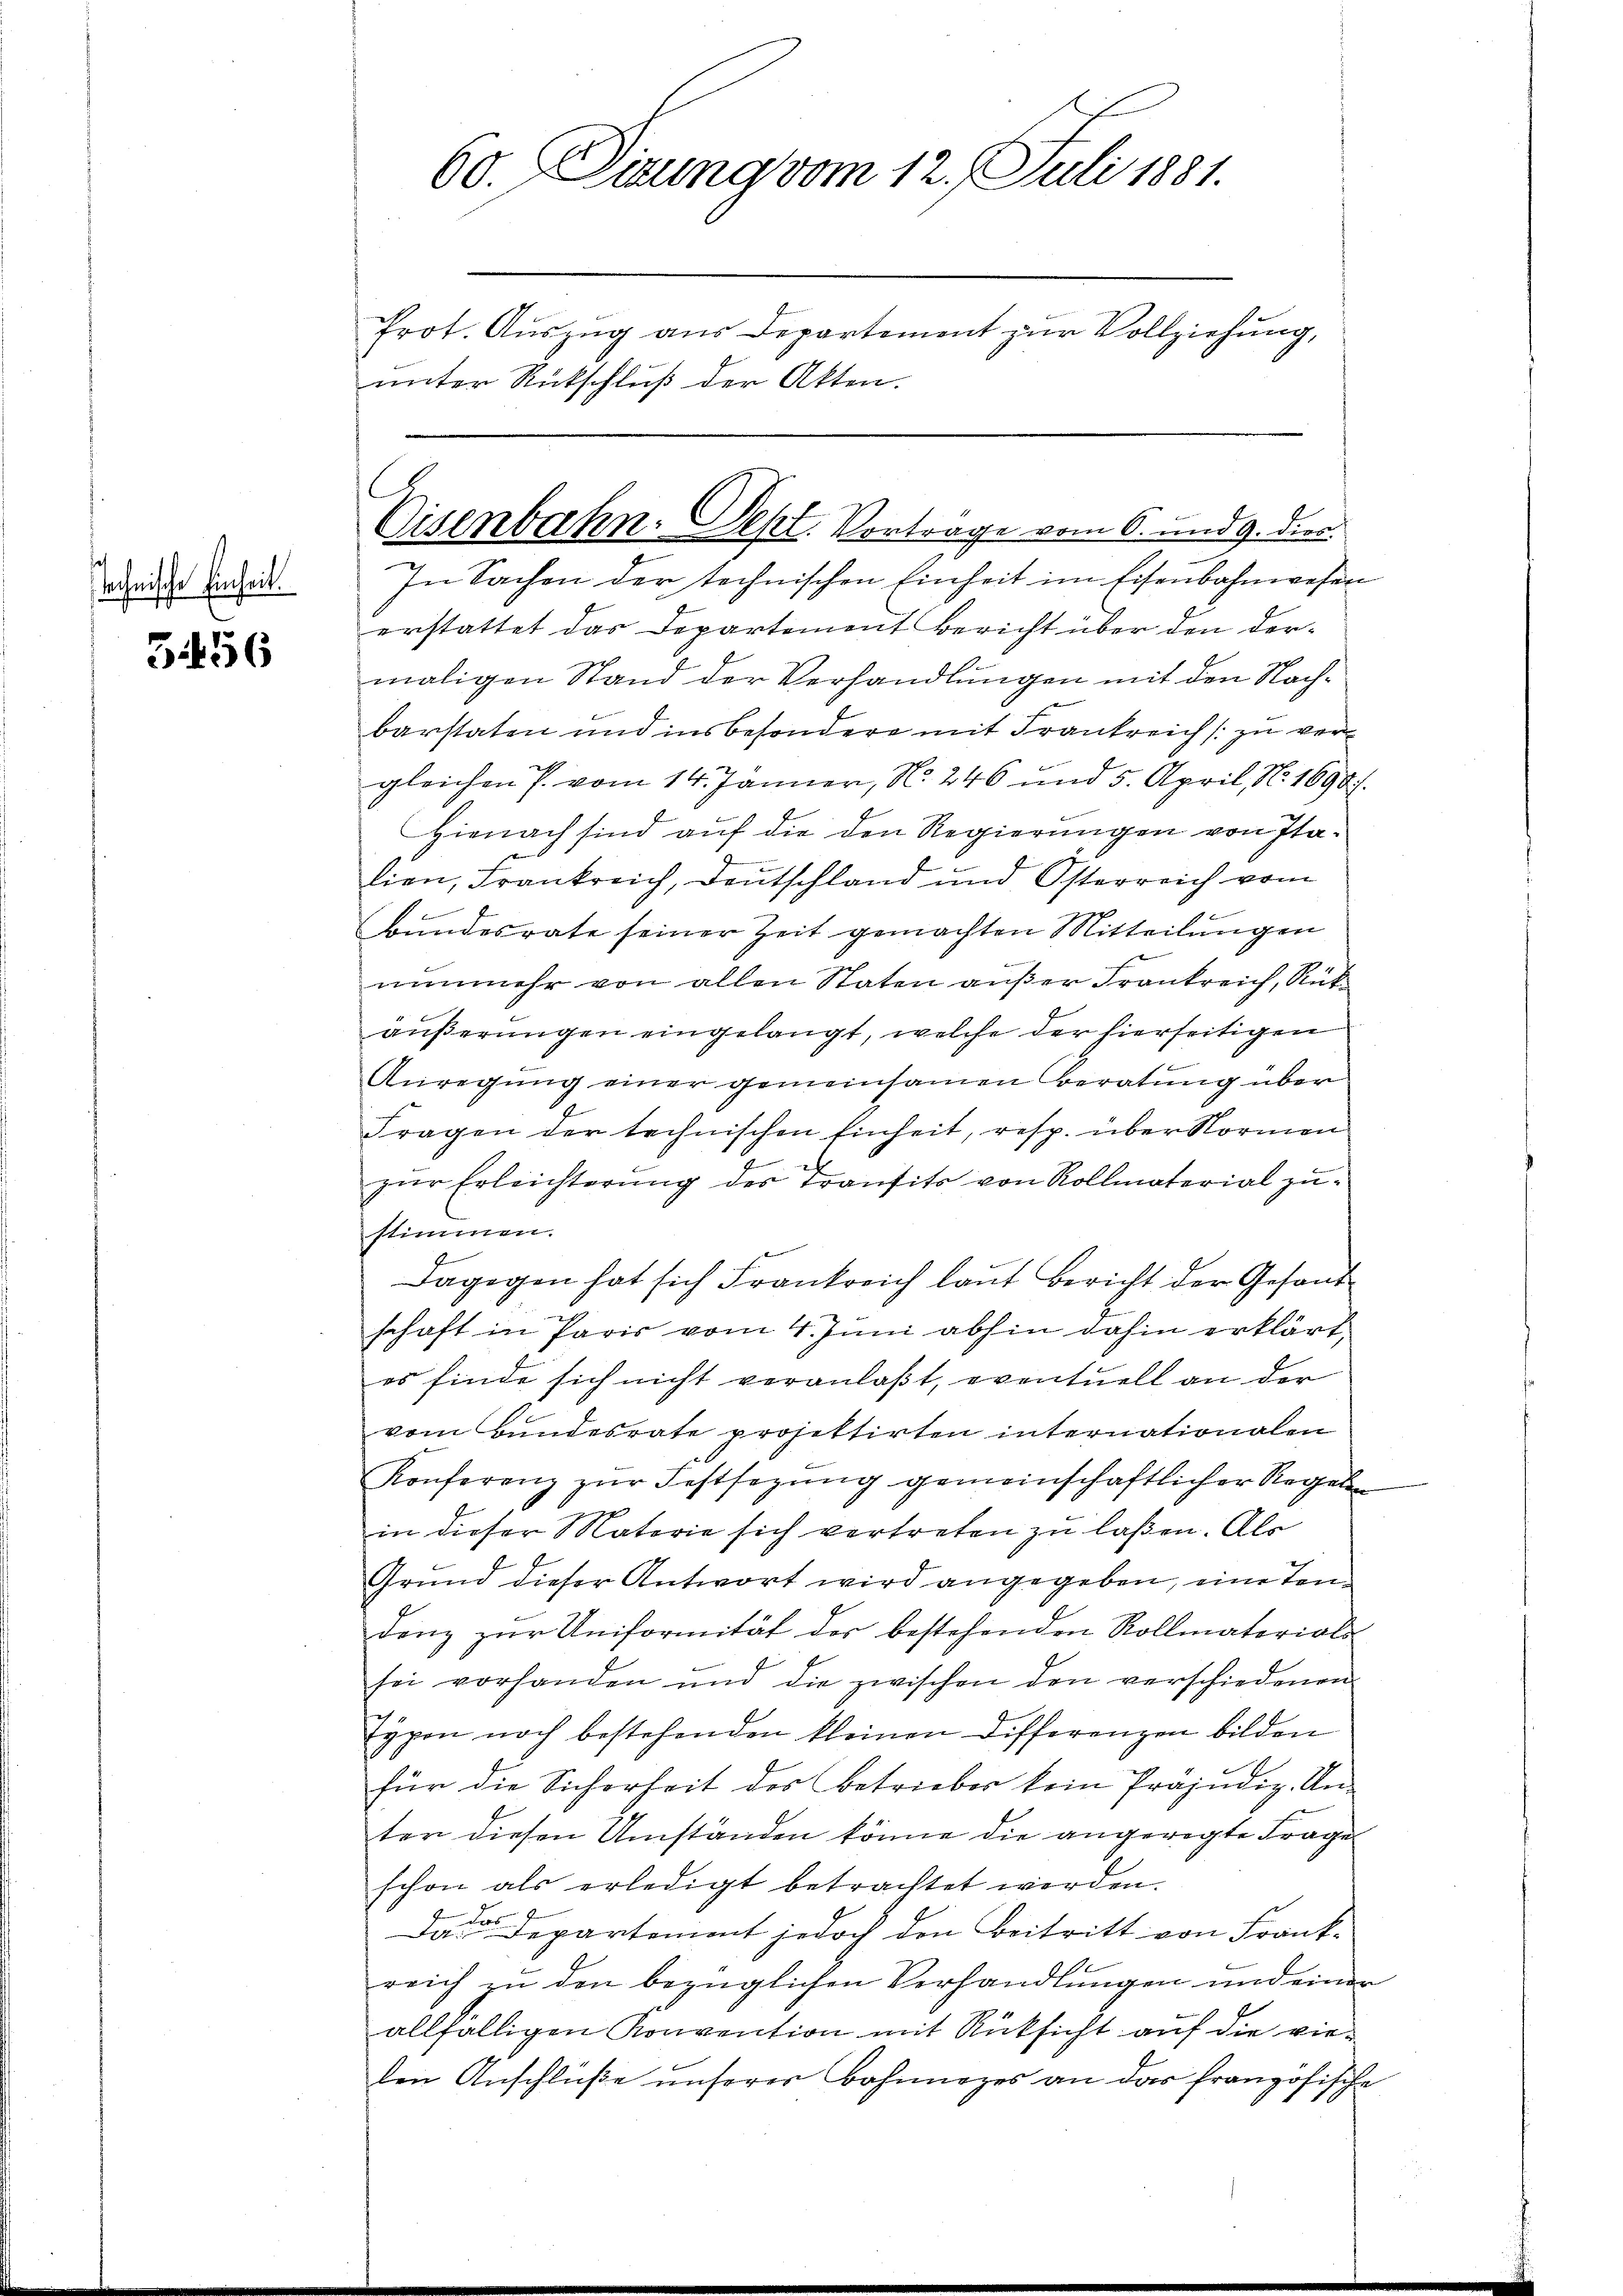
stechnische Einheit.

5456

60. Sitzung vom 12. Juli 1881.
Prot. Auszug aus Departement zur Vollziehung,
unter Rückschluß der Akten.

In Sachen der technischen Einheit im Eisenbahnwesen
erstattet das Departement Bericht über den dermaligen Stand der Verhandlungen mit den Nachbarstaten und insbesondere mit Frankreich zu vergleichen P. vom 14. Jänner, N. 246 und 5. April, N. 1690.
Hienach sind auf die den Regierungen von Italien, Frankreich, Deutschland und Österreich vom
Bundesrate seiner Zeit gemachten Mitteilungen
nunmehr von allen Staten außer Frankreich, Rükäußerungen eingelangt, welche der hierseitigen
Anregung einer gemeinsamen Beratung über
Fragen der technischen Einheit, resp. über Normen
zŭr Erleichterŭng des Transits von Rollmaterial zu-
stimmen.
Dagegen hat sich Frankreich laut Bericht der Gesandschaft in Paris vom 4. Juni abhin dahin erklärt,
es finde sich nicht veranlaßt, eventuell an der
vom Bundesrate projektirten internationalen
Konferenz zur Festsezung gemeinschaftlicher Regeln
in dieser Materie sich vertreten zu laßen. Als
Grund dieser Antwort wird angegeben, eine Tandenz zur Uniformität der bestehenden Rollmaterials
sei vorhanden und die zwischen den verschiedenen
typon noch bestehenden kleinen Differenzen bilden
für die Sicherheit des Betriebes kein Präjudiz. An-
ter diesen Umständen könne die angeregte Frage
schon als erledigt betrachtet werden.
.
Das Departement jedoch den Beitritt von Frank-
e
reich zu den bezüglichen Verhandlungen und einer
allfälligen Konvention mit Rücksicht auf die vielen Anschlüße unserer Bohnnezes an das französische

Eisenbahn. Sept. Vortrage vom 6. und 9. dies